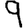
Digit: 9